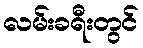
လမ်းခရီးတွင်